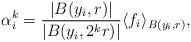
LaTeX: \begin{align*}\alpha_{i}^{k} = \frac{|B(y_{i},r)|}{|B(y_{i},2^{k}r)|} \langle f_{i} \rangle_{B(y_{i},r)},\end{align*}